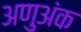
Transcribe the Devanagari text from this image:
अणुअंक